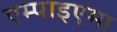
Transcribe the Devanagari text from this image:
एम्पाइएमा